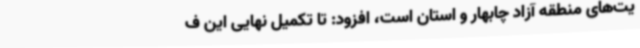
یت‌های منطقه آزاد چابهار و استان است، افزود: تا تکمیل نهایی این ف